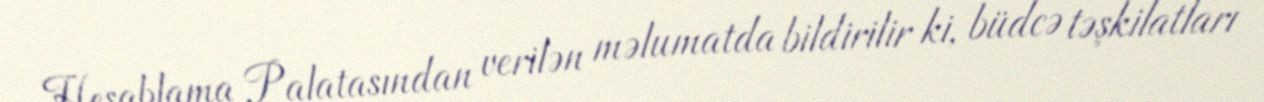
Hesablama Palatasından verilən məlumatda bildirilir ki, büdcə təşkilatları